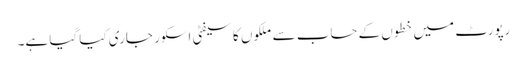
رپورٹ میں خطوں کے حساب سے ملکوں کاسیفٹی اسکور جاری کیا گیا ہے۔